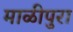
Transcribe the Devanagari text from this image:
माळीपुरा